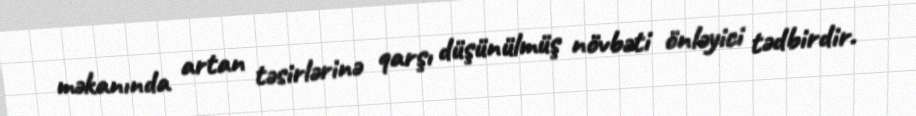
məkanında artan təsirlərinə qarşı düşünülmüş növbəti önləyici tədbirdir.